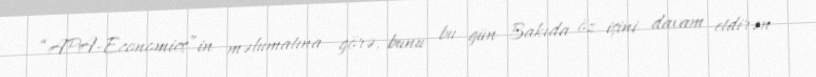
“APA-Economics”in məlumatına görə, bunu bu gün Bakıda öz işini davam etdirən